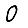
Digit: 0